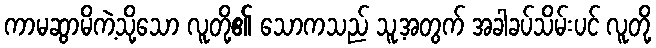
ကာမဆွာမိကဲ့သို့သော လူတို့၏ သောကသည် သူ့အတွက် အခါခပ်သိမ်းပင် လူတို့